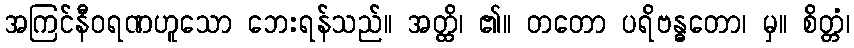
အကြင်နီဝရဏဟူသော ဘေးရန်သည်။ အတ္ထိ၊ ၏။ တတော ပရိဗန္ဓတော၊ မှ။ စိတ္တံ၊